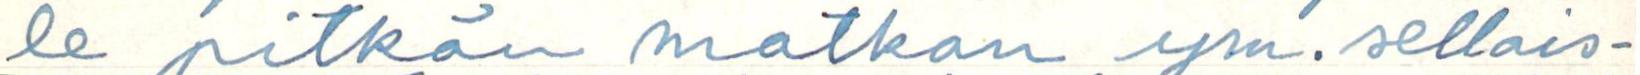
le pitkän matkan ym. sellais-